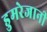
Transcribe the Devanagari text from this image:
डुमरेजानी